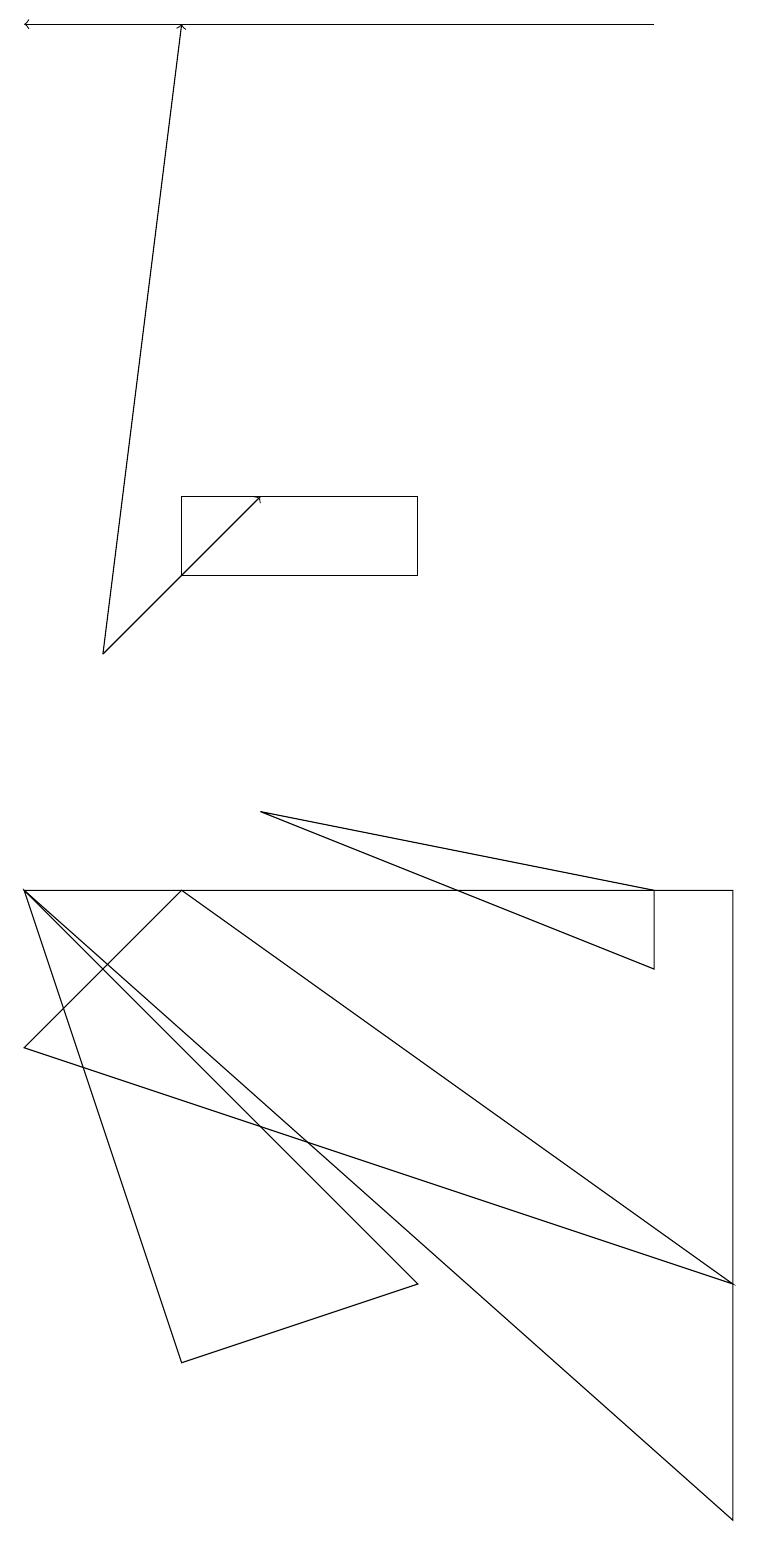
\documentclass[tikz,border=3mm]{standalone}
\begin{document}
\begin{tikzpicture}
\draw[->] (8,19) -- (0,19);
\draw (9,3) -- (0,6) -- (2,8) -- cycle;
\draw (9,0) -- (9,8) -- (0,8) -- cycle;
\draw[->] (1,11) -- (2,19);
\draw[->] (1,11) -- (3,13);
\draw (5,12) rectangle (2,13);
\draw (5,3) -- (2,2) -- (0,8) -- cycle;
\draw (8,7) -- (3,9) -- (8,8) -- cycle;
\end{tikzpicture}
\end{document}